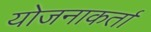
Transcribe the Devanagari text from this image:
योजनाकर्ता